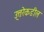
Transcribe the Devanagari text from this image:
उ्त्तरेकडील